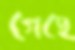
গেছে